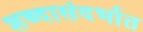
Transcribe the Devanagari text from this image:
शब्दासंदर्भात